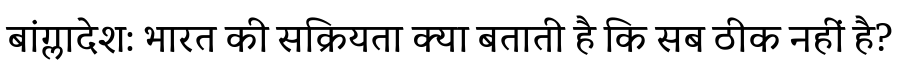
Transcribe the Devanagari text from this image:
बांग्लादेश: भारत की सक्रियता क्या बताती है कि सब ठीक नहीं है?